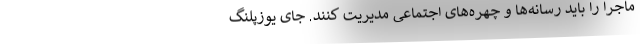
ماجرا را باید رسانه‌ها و چهره‌های اجتماعی مدیریت کنند. جای یوزپلنگ